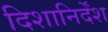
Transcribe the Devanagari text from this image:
दिशानिर्देंश